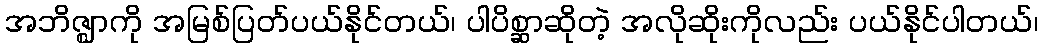
အဘိဇ္ဈာကို အမြစ်ပြတ်ပယ်နိုင်တယ်၊ ပါပိစ္ဆာဆိုတဲ့ အလိုဆိုးကိုလည်း ပယ်နိုင်ပါတယ်၊